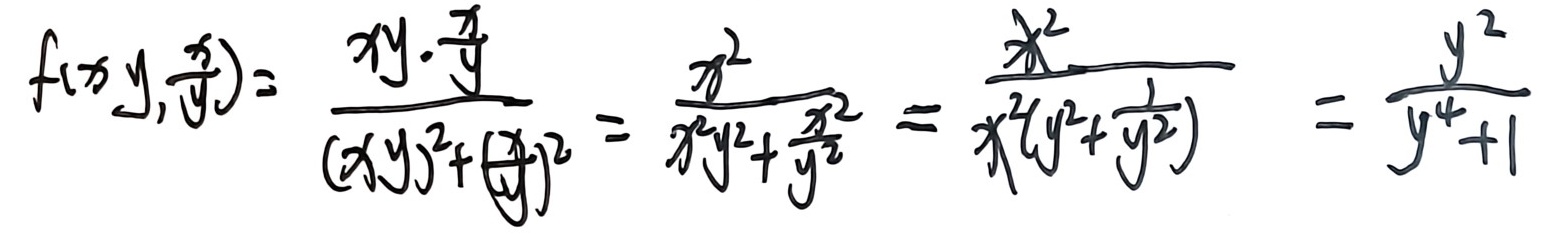
\[
\begin{align*}
f\left(x,y,\frac{x}{y}\right)&=\frac{xy\cdot\frac{x}{y}}{(xy)^{2}+\left(\frac{x}{y}\right)^{2}}\\
&=\frac{x^{2}}{x^{2}y^{2}+\frac{x^{2}}{y^{2}}}\\
&=\frac{x^{2}}{x^{2}\left(y^{2}+\frac{1}{y^{2}}\right)}\\
&=\frac{y^{2}}{y^{4}+1}
\end{align*}
\]